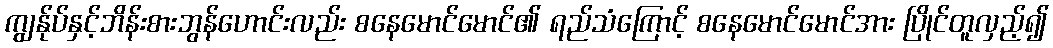
ကျွန်ုပ်နှင့်ဘိန်းစားဘွန်ဟောင်းလည်း စနေမောင်မောင်၏ ရည်သံကြောင့် စနေမောင်မောင်အား ပြိုင်တူလှည့်၍